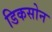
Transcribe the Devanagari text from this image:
डिकसोन